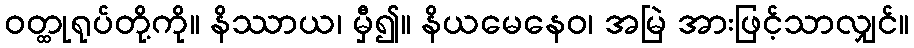
ဝတ္ထုရုပ်တို့ကို။ နိဿာယ၊ မှီ၍။ နိယမေနေဝ၊ အမြဲ အားဖြင့်သာလျှင်။